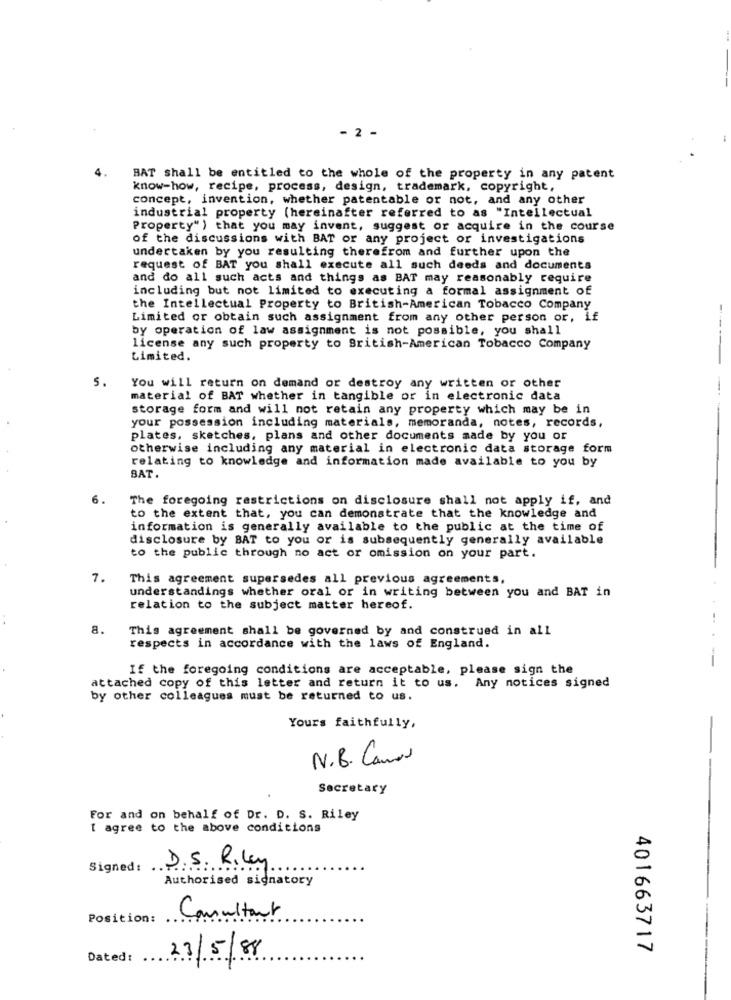
- 2 -
BAT shall be entitled to the whole of the property in any patent
know-how, recipe, process, design, trademark, copyright,
concept, invention, whether patentable or not, and any other
industrial property (hereinafter referred to as "Intellectual
Property" ) that you may invent, suggest or acquire in the course
of the discussions with BAT or any project or investigations
undertaken by you resulting therefrom and further upon the
request of BAT you shall execute all such deeds and documents
and do all such acts and things as BAT may reasonably require
including but not limited to executing a formal assignment of
the Intellectual Property to British-American Tobacco Company
Limited or obtain such assignment from any other person or, if
by operation of law assignment is not possible, you shall
license any such property to British-American Tobacco Company
Limited.
S.
You will return on demand or destroy any written or other
-
material of BAT whether in tangible or in electronic data
storage form and will not retain any property which may be in
your possession including materials, memoranda, notes, records,
plates, sketches, plans and other documents made by you or
otherwise including any material in electronic data storage form
relating to knowledge and information made available to you by
BAT
The foregoing restrictions on disclosure shall not apply if, and
to the extent that, you can demonstrate that the knowledge and
information is generally available to the public at the time of
disclosure by BAT to you or is subsequently generally available
to the public through no act or omission on your part.
7.
This agreement supersedes all previous agreements,
understandings whether oral or in writing between you and BAT in
relation to the subject matter hereof.
8.
This agreement shall be governed by and construed in all
respects in accordance with the laws of England.
If the foregoing conditions are acceptable, please sign the
-
attached copy of this letter and return it to us. Any notices signed
by other colleagues must be returned to us.
Yours faithfully,
-
N.B. Camor
Secretary
For and on behalf of Dr. D. S. Riley
I agree to the above conditions
Signed: D.S. Riley
Authorised signatory
Position:
Consultant
401663717
Dated:
23/5/88